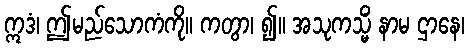
ဣဒံ၊ ဤမည်သောကံကို။ ကတွာ၊ ၍။ အသုကသ္မိံ နာမ ဌာနေ၊